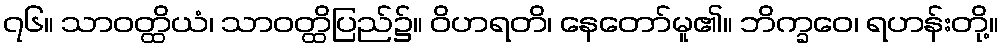
၇၆။ သာဝတ္ထိယံ၊ သာဝတ္ထိပြည်၌။ ဝိဟရတိ၊ နေတော်မူ၏။ ဘိက္ခဝေ၊ ရဟန်းတို့။